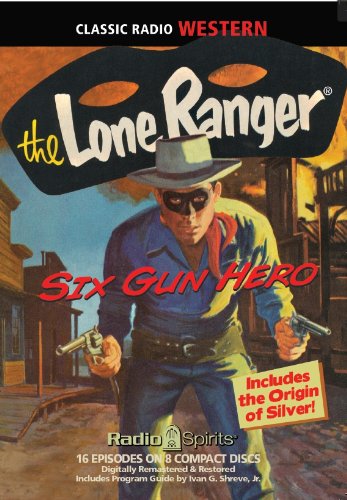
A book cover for Lone Ranger Six Gun Hero (Old Time Radio) (Classic Radio Western); Original Radio Broadcasts; Literature & Fiction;